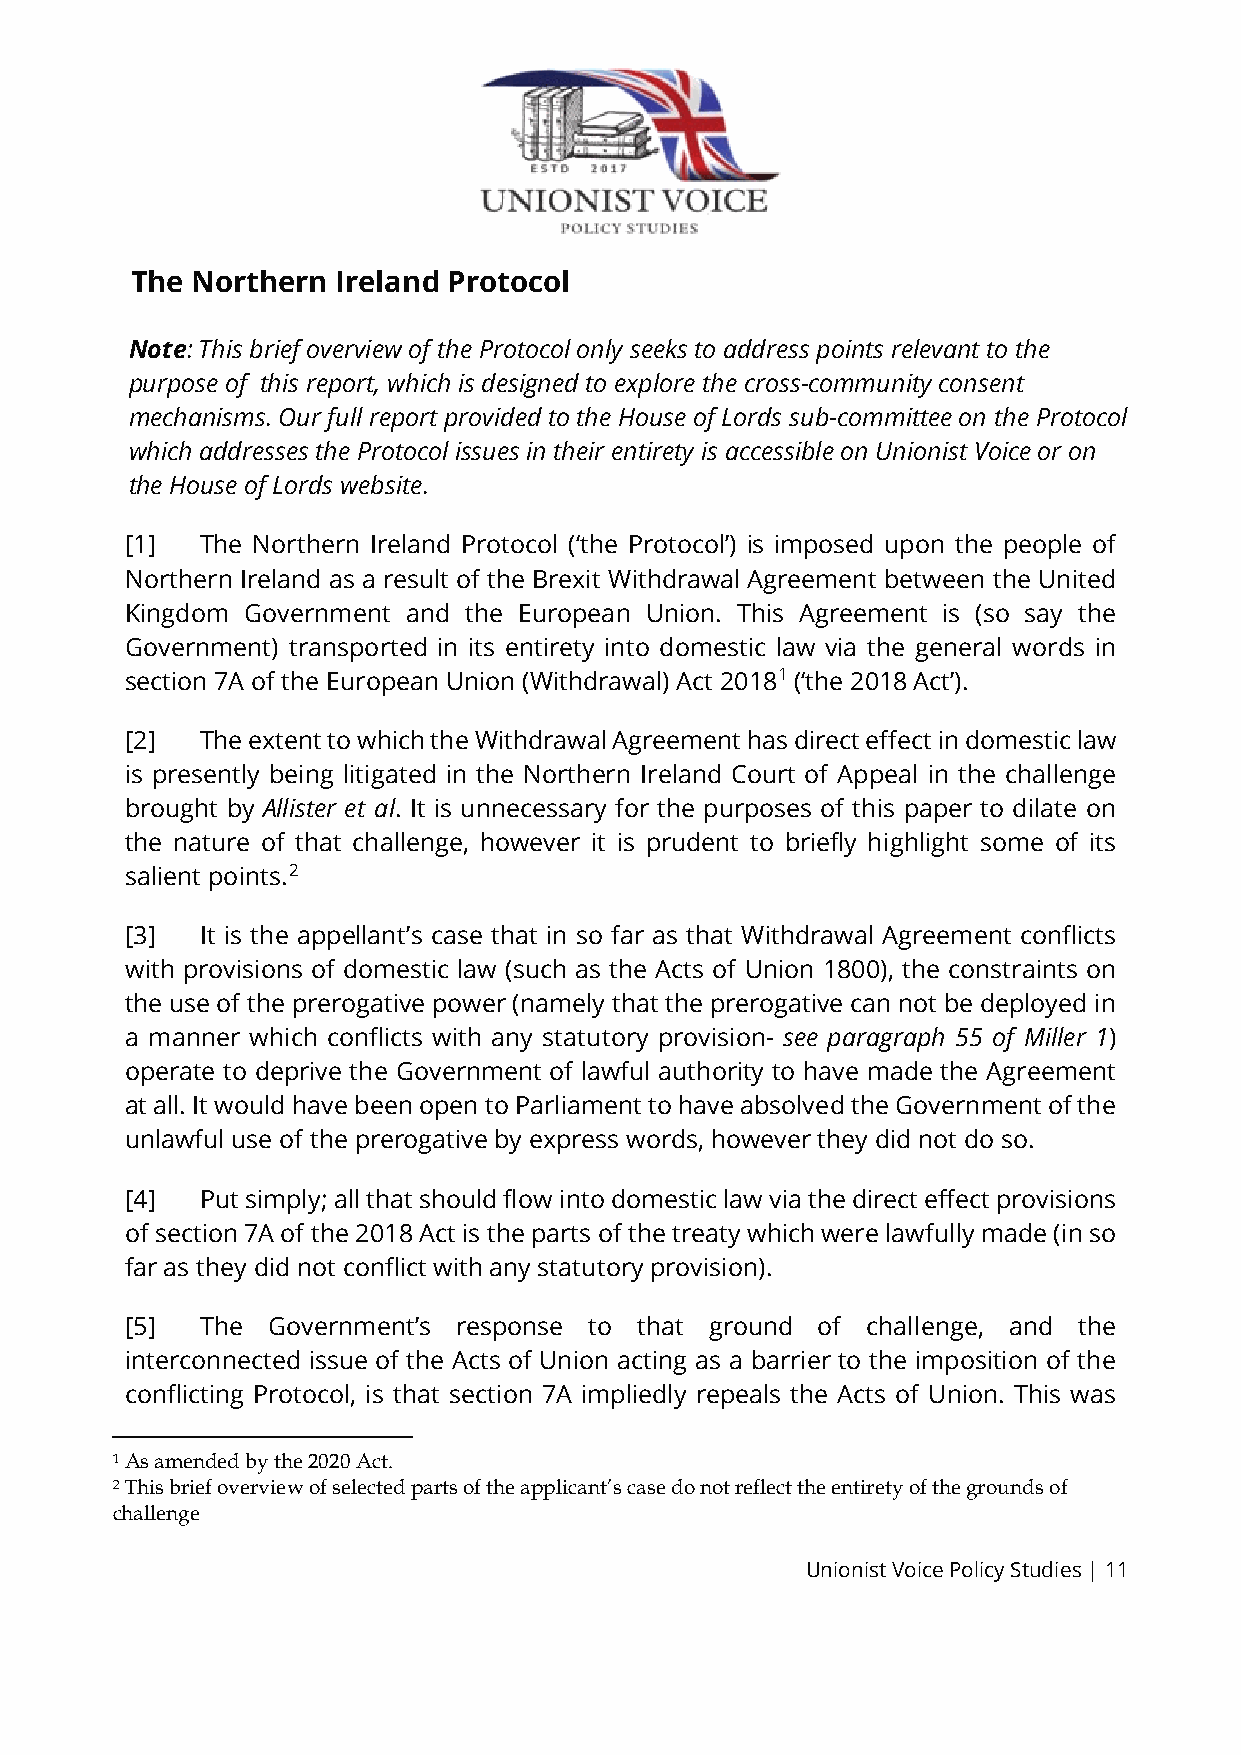
The Northern Ireland Protocol
 Note: This brief overview of the Protocol only seeks to address points relevant to the
 purpose of this report, which is designed to explore the cross-community consent
 mechanisms. Our full report provided to the House of Lords sub-committee on the Protocol
 which addresses the Protocol issues in their entirety is accessible on Unionist Voice or on
 the House of Lords website.
 [1]  The Northern Ireland Protocol (‘the Protocol’) is imposed upon the people of
 Northern Ireland as a result of the Brexit Withdrawal Agreement between the United
 Kingdom Government and the European Union. This Agreement is (so say the
 Government) transported in its entirety into domestic law via the general words in
 section 7A of the European Union (Withdrawal) Act 20181 (‘the 2018 Act’).
 [2]  The extent to which the Withdrawal Agreement has direct effect in domestic law
 is presently being litigated in the Northern Ireland Court of Appeal in the challenge
 brought by Allister et al. It is unnecessary for the purposes of this paper to dilate on
 the nature of that challenge, however it is prudent to briefly highlight some of its
 salient points.2
 [3]  It is the appellant’s case that in so far as that Withdrawal Agreement conflicts
 with provisions of domestic law (such as the Acts of Union 1800), the constraints on
 the use of the prerogative power (namely that the prerogative can not be deployed in
 a manner which conflicts with any statutory provision- see paragraph 55 of Miller 1)
 operate to deprive the Government of lawful authority to have made the Agreement
 at all. It would have been open to Parliament to have absolved the Government of the
 unlawful use of the prerogative by express words, however they did not do so.
 [4]  Put simply; all that should flow into domestic law via the direct effect provisions
 of section 7A of the 2018 Act is the parts of the treaty which were lawfully made (in so
 far as they did not conflict with any statutory provision).
 [5]  The  Government’s response to that ground of challenge, and the
 interconnected issue of the Acts of Union acting as a barrier to the imposition of the
 conflicting Protocol, is that section 7A impliedly repeals the Acts of Union. This was
 1 As amended by the 2020 Act.
 2 This brief overview of selected parts of the applicant’s case do not reflect the entirety of the grounds of
 challenge
 Unionist Voice Policy Studies | 11